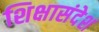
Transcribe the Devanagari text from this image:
शिक्षासंदेश